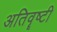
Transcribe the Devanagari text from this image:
अतिवॄष्टी